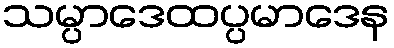
သမ္ပာဒေထပ္ပမာဒေန